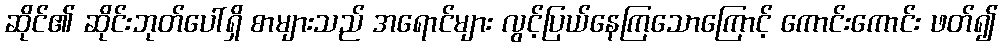
ဆိုင်၏ ဆိုင်းဘုတ်ပေါ်ရှိ စာများသည် အရောင်များ လွင့်ပြယ်နေကြသောကြောင့် ကောင်းကောင်း ဖတ်၍